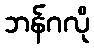
ဘန်ဂလို